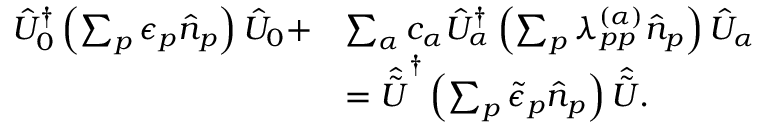
\begin{array} { r l } { \hat { U } _ { 0 } ^ { \dagger } \left( \sum _ { p } \epsilon _ { p } \hat { n } _ { p } \right) \hat { U } _ { 0 } + } & { \sum _ { \alpha } c _ { \alpha } \hat { U } _ { \alpha } ^ { \dagger } \left( \sum _ { p } \lambda _ { p p } ^ { ( \alpha ) } \hat { n } _ { p } \right) \hat { U } _ { \alpha } } \\ & { = \hat { \tilde { U } } ^ { \dagger } \left( \sum _ { p } \tilde { \epsilon } _ { p } \hat { n } _ { p } \right) \hat { \tilde { U } } . } \end{array}